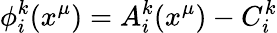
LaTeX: \phi_{i}^{k}(x^{\mu})=A_{i}^{k}(x^{\mu})-C_{i}^{k}